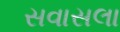
સવાસલા